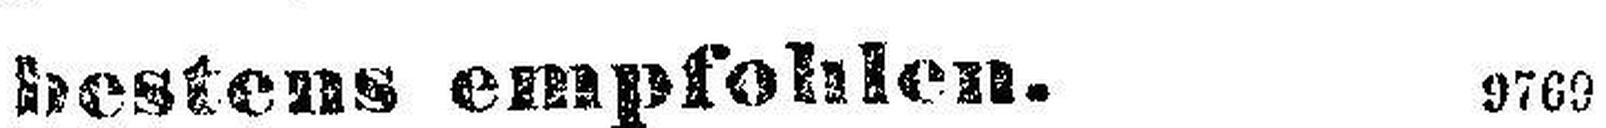
bestens empfehlen. 9769